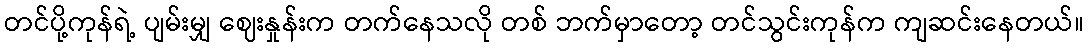
တင်ပို့ကုန်ရဲ့ ပျမ်းမျှ ဈေးနှုန်းက တက်နေသလို တစ် ဘက်မှာတော့ တင်သွင်းကုန်က ကျဆင်းနေတယ်။